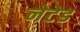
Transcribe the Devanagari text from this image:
नेटेड